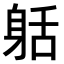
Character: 𨈸